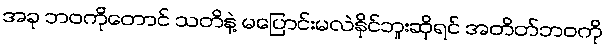
အခု ဘဝကိုတောင် သတိနဲ့ မပြောင်းမလဲနိုင်ဘူးဆိုရင် အတိတ်ဘဝကို